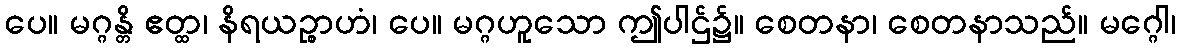
ပေ။ မဂ္ဂန္တိ ဧတ္ထ၊ နိရယဉ္စာဟံ၊ ပေ။ မဂ္ဂဟူသော ဤပါဌ်၌။ စေတနာ၊ စေတနာသည်။ မဂ္ဂေါ၊